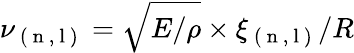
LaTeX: \nu_{\mathrm{~(~n~,~l~)~}}=\sqrt{E/\rho}\times\xi_{\mathrm{~(~n~,~l~)~}}/R